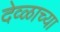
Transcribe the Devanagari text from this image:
देव्ळाच्या